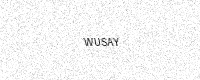
Text: WUSAY